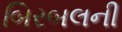
બિરબલની